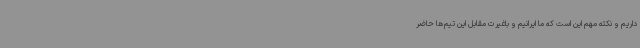
داریم و نکته مهم این است که ما ایرانیم و باغیرت مقابل این تیم‌ها حاضر